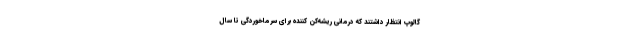
گالوپ انتظار داشتند که درمانی ریشه‌کن کننده برای سرماخوردگی تا سال